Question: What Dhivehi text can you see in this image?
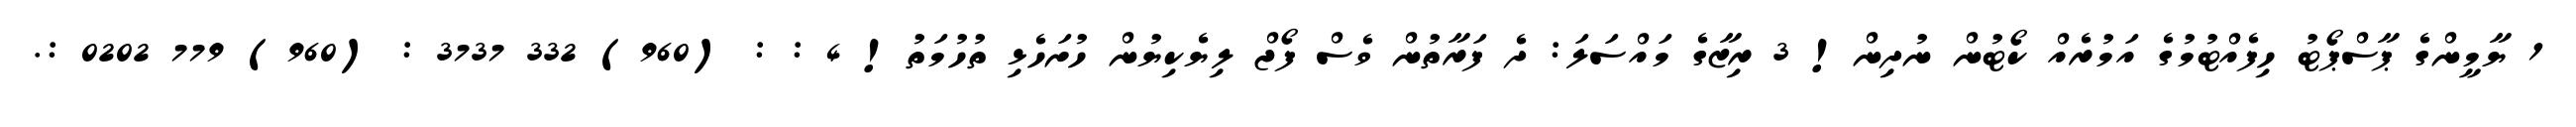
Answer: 1 ޔާމީންގެ ޕާސްޕޯޓު ހިފެއްޓުމުގެ އަމުރެއް ކޯޓުން ނުދިން! 3 ރިޒާގެ މައްސަލަ: ދެ ފަރާތުން ވެސް ފޯޖް ލިޔެކިޔުން ހުށަހެޅި ތުހުމަތު! 4 : : (960) 332 3737 : (960) 779 0202 :.